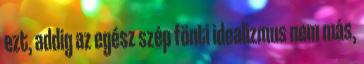
ezt, addig az egész szép fönti idealizmus nem más,